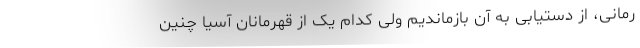
رمانی، از دستیابی به آن بازماندیم ولی کدام‌ یک از قهرمانان آسیا چنین